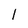
Character: 1